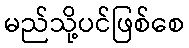
မည်သို့ပင်ဖြစ်စေ